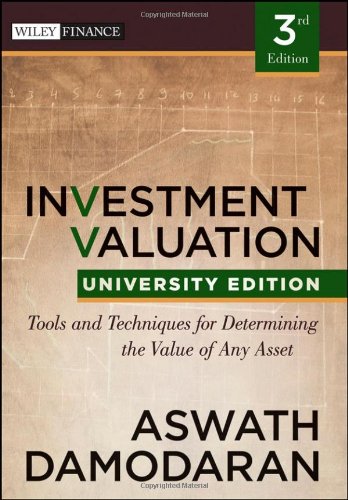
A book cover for Investment Valuation: Tools and Techniques for Determining the Value of any Asset, University Edition; Aswath Damodaran; Business & Money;